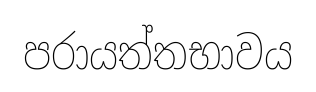
පරායත්තභාවය